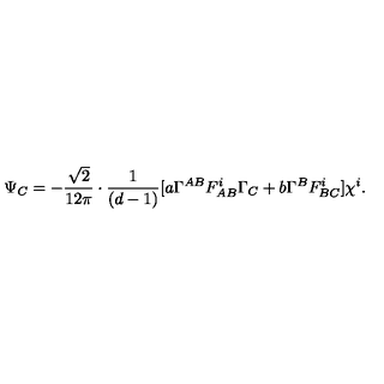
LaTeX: \Psi _ { C } = - \frac { \sqrt { 2 } } { 1 2 \pi } \cdot \frac { 1 } { ( d - 1 ) } [ a \Gamma ^ { A B } F _ { A B } ^ { i } \Gamma _ { C } + b \Gamma ^ { B } F _ { B C } ^ { i } ] \chi ^ { i } .